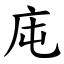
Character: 庉